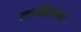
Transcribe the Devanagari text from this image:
तालीख़ान